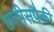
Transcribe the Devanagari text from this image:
छत्तीसपैकी